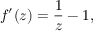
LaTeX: f ^ { \prime } ( z ) = { \frac { 1 } { z } } - 1 ,